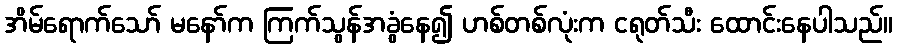
အိမ်ရောက်သော် မနော်က ကြက်သွန်အခွံနေ၍ ဟစ်တစ်လုံးက ငရုတ်သီး ထောင်းနေပါသည်။